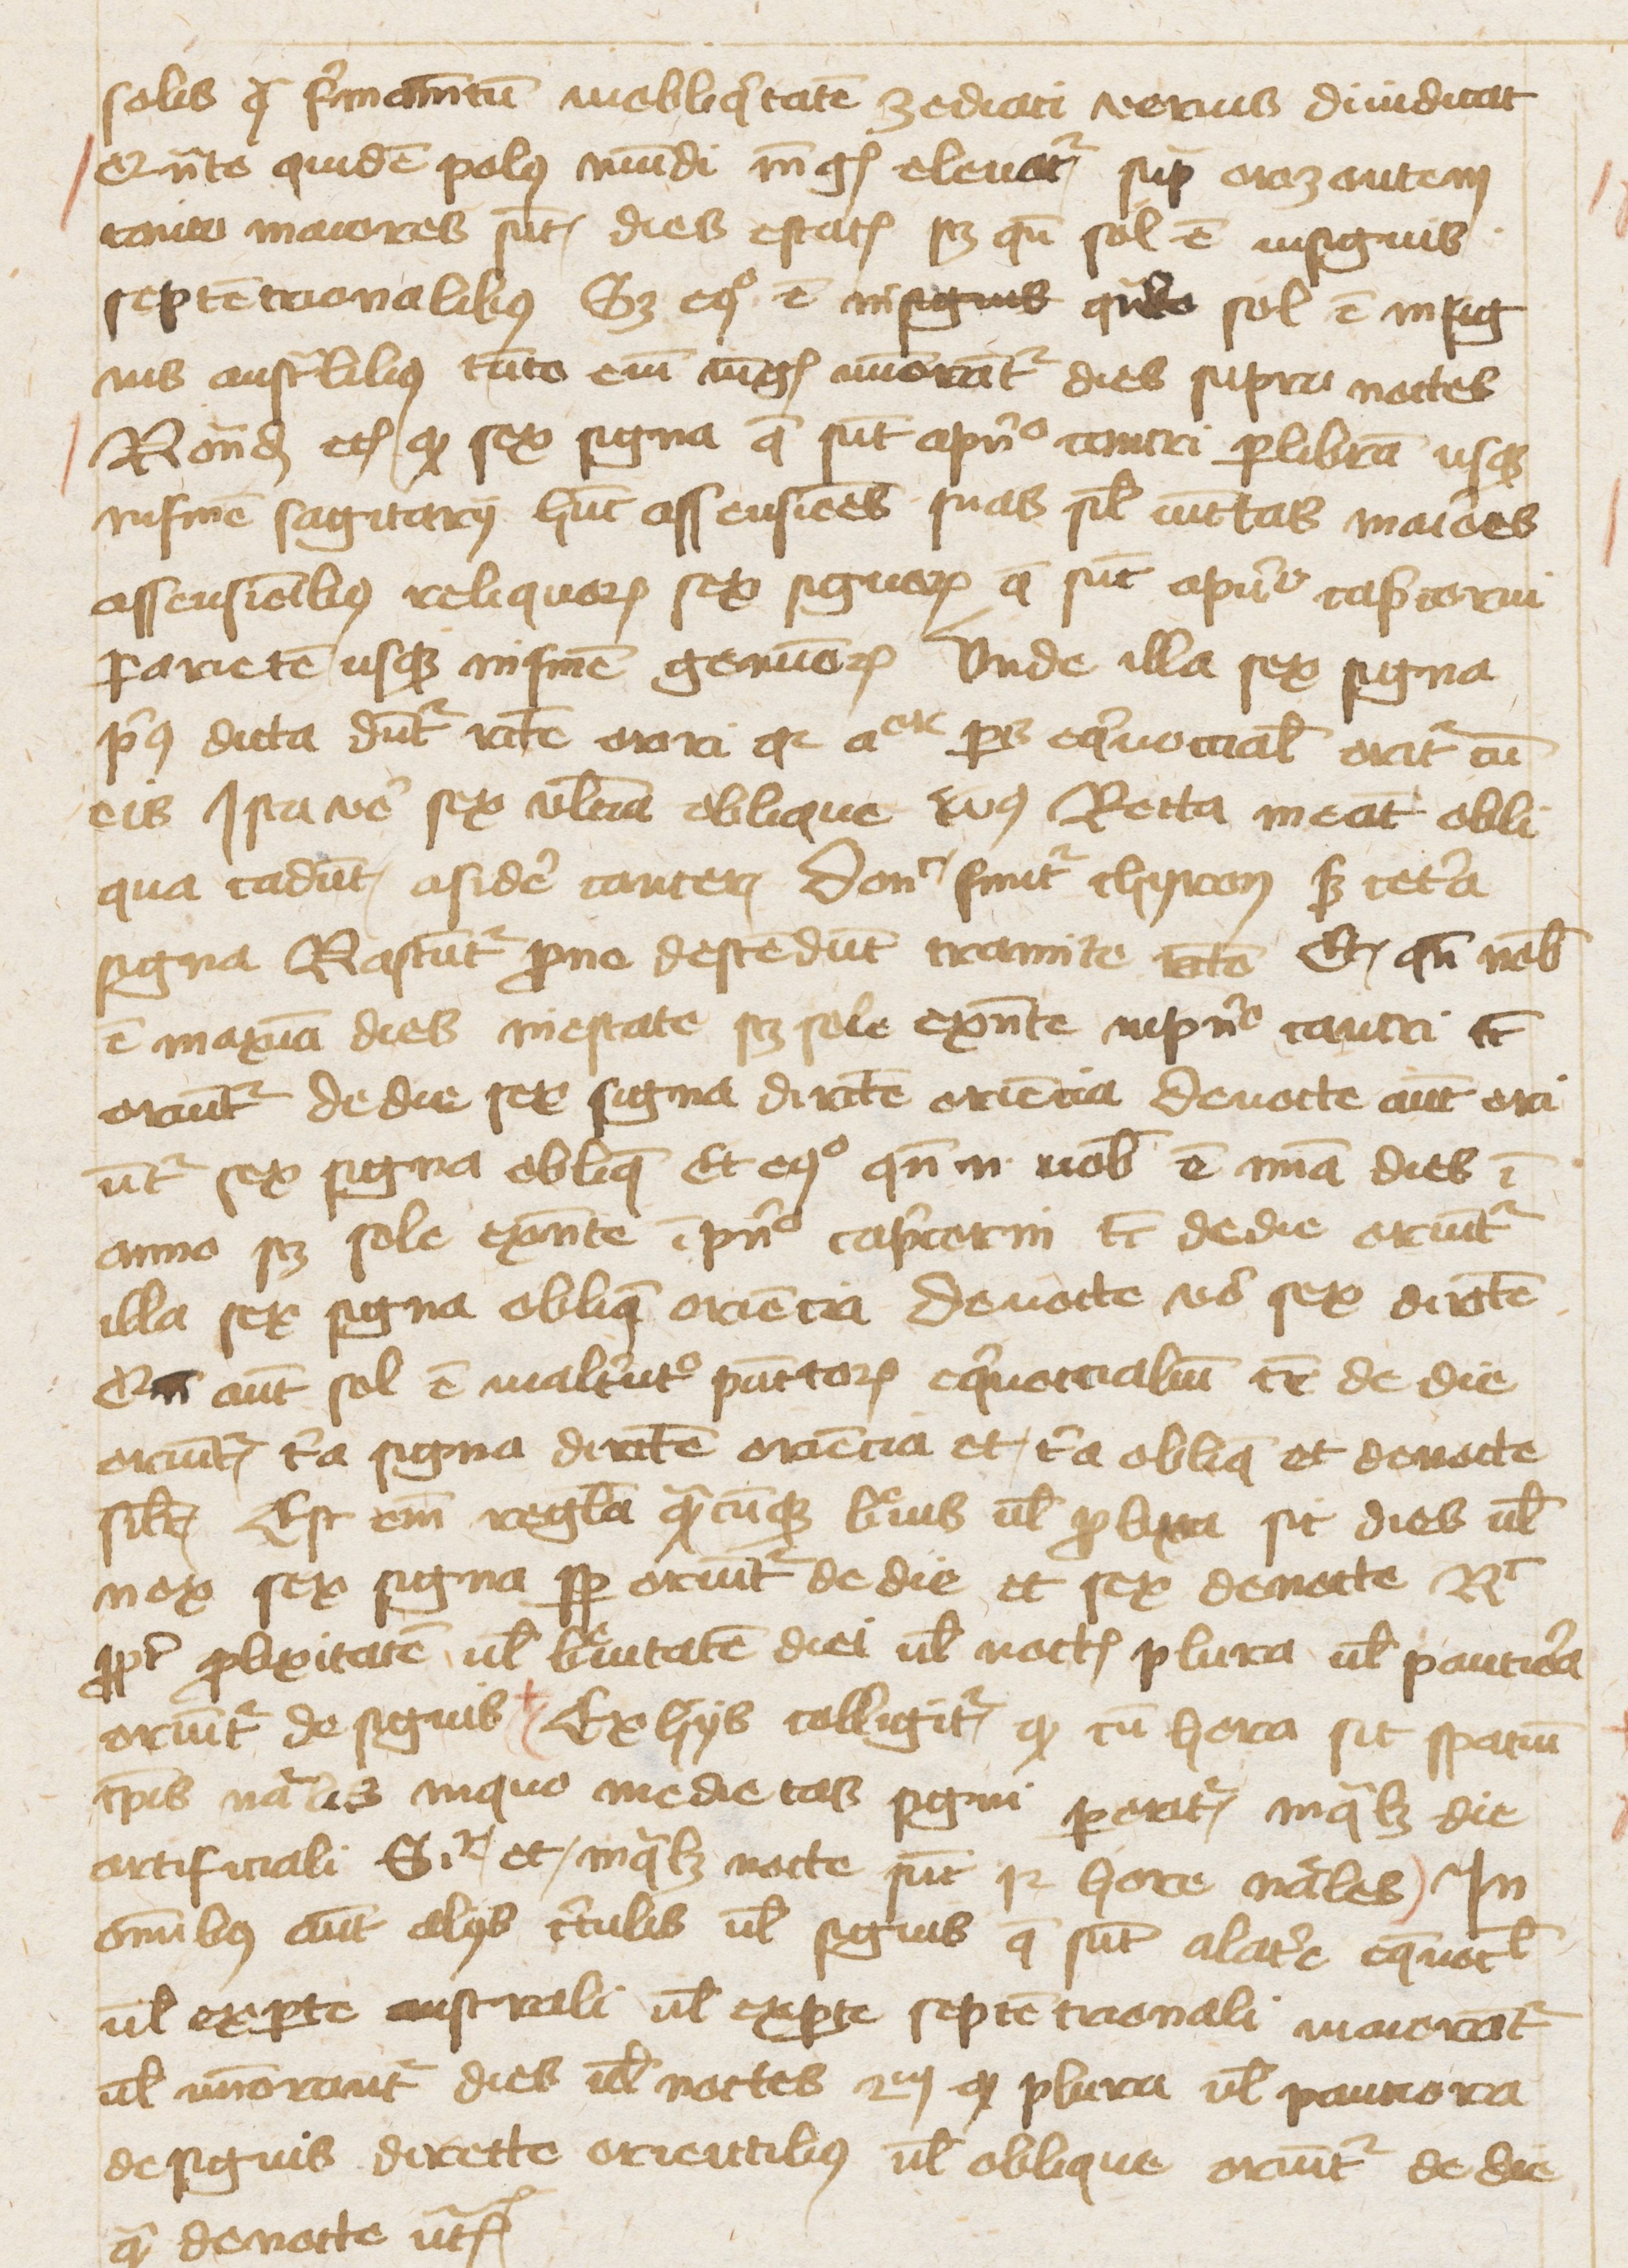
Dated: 1425–1425